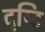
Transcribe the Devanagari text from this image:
दृष्‍टि